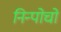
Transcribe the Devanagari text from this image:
निन्पोचो